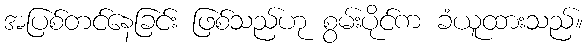
အပြစ်တင်နေခြင်း ဖြစ်သည်ဟု စွမ်းပိုင်က ခံယူထားသည်။